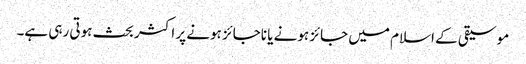
موسیقی کے اسلام میں جائز ہونے یا ناجائز ہونے پر اکثر بحث ہوتی رہی ہے۔